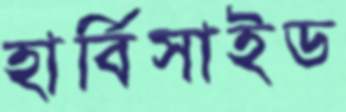
হার্বিসাইড